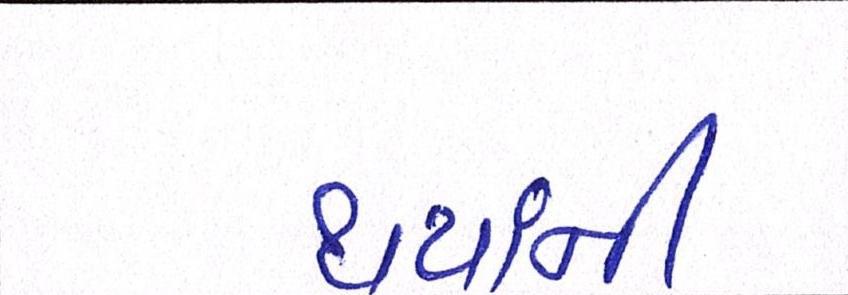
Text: થયાંની